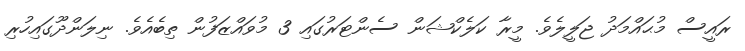
ރައީސް މުޙައްމަދު ޖަލީލެވެ. މީރާ ކަލެކްޝަން ސެންޓަރުގައި 3 މުވައްޒަފުން ތިބެއެވެ. ނިލަންދޫގައިހުރި